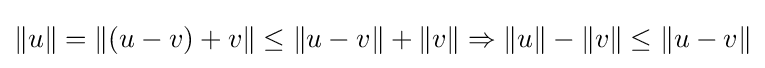
\|u\|=\|(u-v)+v\|\leq \|u-v\|+\|v\|\Rightarrow \|u\|-\|v\|\leq \|u-v\|